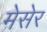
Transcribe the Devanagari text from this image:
मेसेर